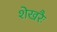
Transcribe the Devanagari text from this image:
शेखरैः